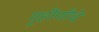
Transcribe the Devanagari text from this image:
गृहीणीचे